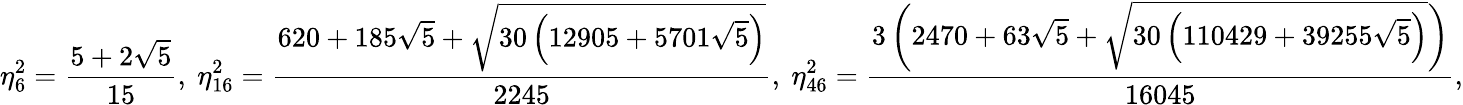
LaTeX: \eta_{6}^{2}=\frac{5+2\sqrt 5}{15},\ \eta_{16}^{2}=\frac{620+185\sqrt{5}+\sqrt{30\left(12905+5701\sqrt{5}\right)}}{2245},\ \eta_{46}^{2}=\frac{3\left(2470+63\sqrt{5}+\sqrt{30\left(110429+39255\sqrt{5}\right)}\right)}{16045},